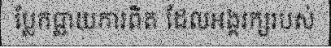
ប្លែកធ្លាយការពិត ដែលអង្គរក្សរបស់